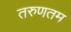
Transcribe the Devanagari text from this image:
तरुणतम